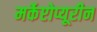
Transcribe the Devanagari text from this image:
मर्केप्टोप्यूरीन